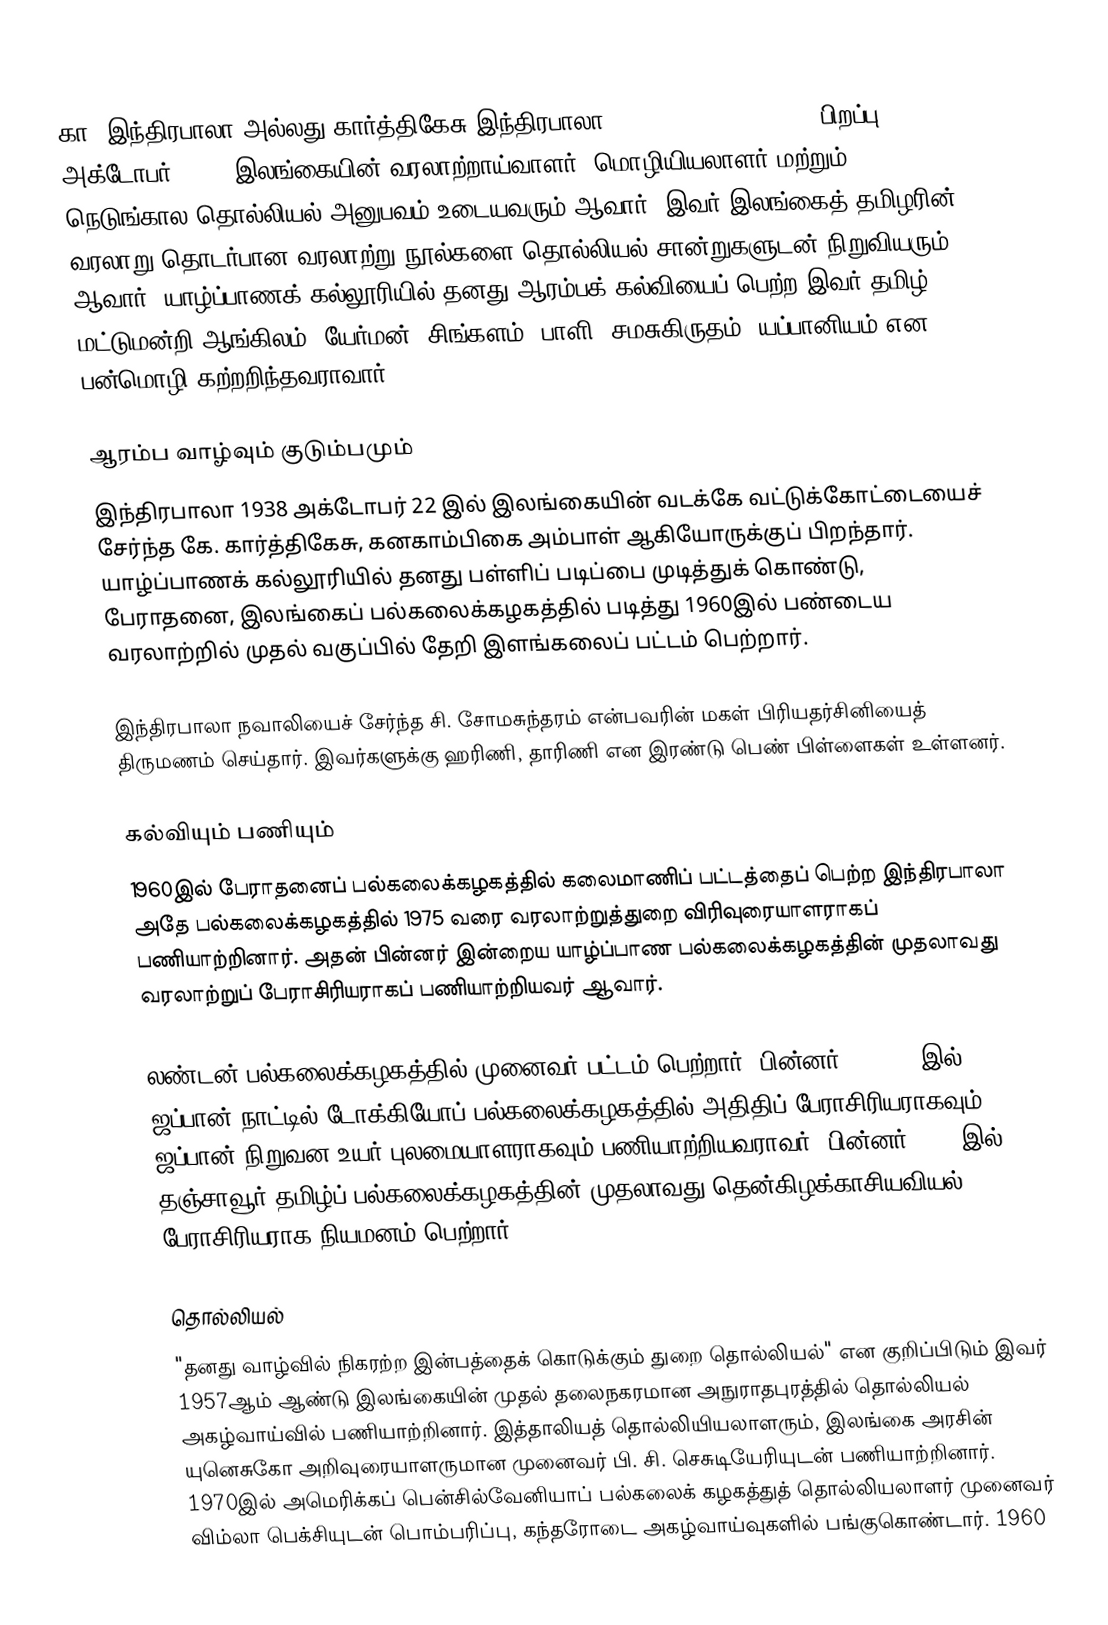
கா. இந்திரபாலா அல்லது கார்த்திகேசு இந்திரபாலா (Karthigesu Indrapala, பிறப்பு: 22 அக்டோபர் 1938) இலங்கையின் வரலாற்றாய்வாளர், மொழியியலாளர் மற்றும் நெடுங்கால தொல்லியல் அனுபவம் உடையவரும் ஆவார். இவர் இலங்கைத் தமிழரின் வரலாறு தொடர்பான வரலாற்று நூல்களை தொல்லியல் சான்றுகளுடன் நிறுவியரும் ஆவார். யாழ்ப்பாணக் கல்லூரியில் தனது ஆரம்பக் கல்வியைப் பெற்ற இவர் தமிழ் மட்டுமன்றி ஆங்கிலம், யேர்மன், சிங்களம், பாளி, சமசுகிருதம், யப்பானியம் என பன்மொழி கற்றறிந்தவராவார்.

ஆரம்ப வாழ்வும் குடும்பமும்
இந்திரபாலா 1938 அக்டோபர் 22 இல் இலங்கையின் வடக்கே வட்டுக்கோட்டையைச் சேர்ந்த கே. கார்த்திகேசு, கனகாம்பிகை அம்பாள் ஆகியோருக்குப் பிறந்தார். யாழ்ப்பாணக் கல்லூரியில் தனது பள்ளிப் படிப்பை முடித்துக் கொண்டு, பேராதனை, இலங்கைப் பல்கலைக்கழகத்தில் படித்து 1960இல் பண்டைய வரலாற்றில் முதல் வகுப்பில் தேறி இளங்கலைப் பட்டம் பெற்றார்.

இந்திரபாலா நவாலியைச் சேர்ந்த சி. சோமசுந்தரம் என்பவரின் மகள் பிரியதர்சினியைத் திருமணம் செய்தார். இவர்களுக்கு ஹரிணி, தாரிணி என இரண்டு பெண் பிள்ளைகள் உள்ளனர்.

கல்வியும் பணியும்
1960இல் பேராதனைப் பல்கலைக்கழகத்தில் கலைமாணிப் பட்டத்தைப் பெற்ற இந்திரபாலா அதே பல்கலைக்கழகத்தில் 1975 வரை வரலாற்றுத்துறை விரிவுரையாளராகப் பணியாற்றினார். அதன் பின்னர் இன்றைய யாழ்ப்பாண பல்கலைக்கழகத்தின் முதலாவது வரலாற்றுப் பேராசிரியராகப் பணியாற்றியவர் ஆவார்.

லண்டன் பல்கலைக்கழகத்தில் முனைவர் பட்டம் பெற்றார். பின்னர் 1977-78 இல் ஜப்பான் நாட்டில் டோக்கியோப் பல்கலைக்கழகத்தில் அதிதிப் பேராசிரியராகவும், ஜப்பான் நிறுவன உயர் புலமையாளராகவும் பணியாற்றியவராவர். பின்னர் 1984 இல் தஞ்சாவூர் தமிழ்ப் பல்கலைக்கழகத்தின் முதலாவது தென்கிழக்காசியவியல் பேராசிரியராக நியமனம் பெற்றார்.

தொல்லியல்
"தனது வாழ்வில் நிகரற்ற இன்பத்தைக் கொடுக்கும் துறை தொல்லியல்" என குறிப்பிடும் இவர் 1957ஆம் ஆண்டு இலங்கையின் முதல் தலைநகரமான அநுராதபுரத்தில் தொல்லியல் அகழ்வாய்வில் பணியாற்றினார். இத்தாலியத் தொல்லியியலாளரும், இலங்கை அரசின் யுனெசுகோ அறிவுரையாளருமான  முனைவர் பி. சி. செசுடியேரியுடன் பணியாற்றினார். 1970இல் அமெரிக்கப் பென்சில்வேனியாப் பல்கலைக் கழகத்துத் தொல்லியலாளர் முனைவர் விம்லா பெக்சியுடன் பொம்பரிப்பு, கந்தரோடை அகழ்வாய்வுகளில் பங்குகொண்டார். 1960